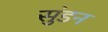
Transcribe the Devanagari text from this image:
सुंडन